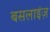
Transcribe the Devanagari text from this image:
बसलाइंज़